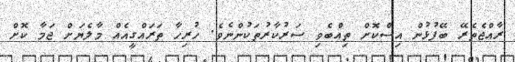
ރާއްޖެތެރޭ ބޭފުޅުން އިސްކޮށް ތިއްބެވި ސަރުކާރުތަކުންނެވެ. ހުރިހާ ތަރައްގީއެއް މާލެޔަށް ޖަމާ ކޮށް